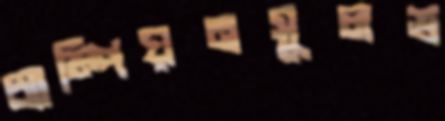
চ্যাম্পিয়নসুলভ